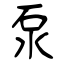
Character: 泵